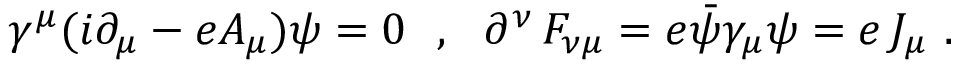
\gamma ^ { \mu } ( i \partial _ { \mu } - e A _ { \mu } ) \psi = 0 \ \ , \ \ \partial ^ { \nu } \, F _ { \nu \mu } = e \bar { \psi } \gamma _ { \mu } \psi = e \, J _ { \mu } \ .